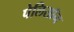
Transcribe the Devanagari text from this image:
पेलिसॉन